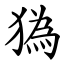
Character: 㺔